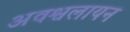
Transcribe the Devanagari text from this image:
अवश्वलायन